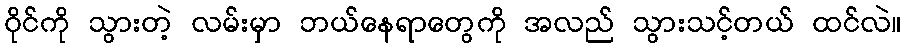
ဝိုင်ကို သွားတဲ့ လမ်းမှာ ဘယ်နေရာတွေကို အလည် သွားသင့်တယ် ထင်လဲ။